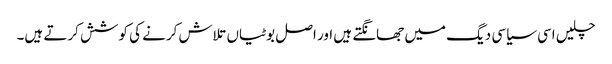
چلیں اسی سیاسی دیگ میں جھانگتے ہیں اور اصل بوٹیاں تلاش کرنے کی کوشش کرتے ہیں۔